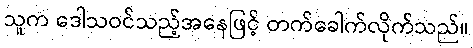
သူက ဒေါသဝင်သည့်အနေဖြင့် တက်ခေါက်လိုက်သည်။